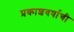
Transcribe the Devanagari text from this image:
प्रकाशवर्षाची